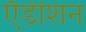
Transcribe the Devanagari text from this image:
ऍडीशन